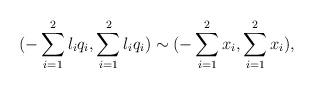
LaTeX: \begin{align*}{( - \sum_{i=1}^2{l_{i}q_{i}}, \sum_{i=1}^2{l_{i}q_{i}})} \sim{( - \sum_{i=1}^2{x_{i}}, \sum_{i=1}^2{x_{i}})},\end{align*}